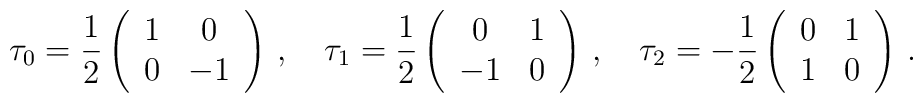
\tau_0 = \frac 12\left(\begin{array}{cc} 1 & 0 \\ 0 & -1 \end{array}                 \right)\,, \quad\tau_1 = \frac 12\left(\begin{array}{cc} 0 & 1 \\ -1 & 0 \end{array}                 \right)\,, \quad\tau_2 = -\frac 12\left(\begin{array}{cc} 0 & 1 \\ 1 & 0 \end{array}                 \right)\,.